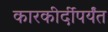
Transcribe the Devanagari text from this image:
कारकीर्दीपर्यंत